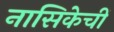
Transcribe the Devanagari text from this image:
नासिकेचीं